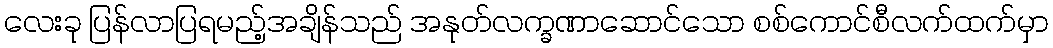
လေးခု ပြန်လာပြရမည့်အချိန်သည် အနုတ်လက္ခဏာဆောင်သော စစ်ကောင်စီလက်ထက်မှာ